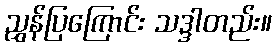
ညွှန်ပြကြောင်း သဒ္ဒါတည်း။